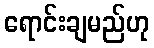
ရောင်းချမည်ဟု